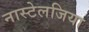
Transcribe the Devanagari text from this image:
नास्टेलजिया